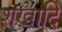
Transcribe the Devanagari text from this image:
शंखादि